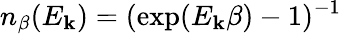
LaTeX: n_{\beta}(E_{\mathbf{k}})=(\exp(E_{\mathbf{k}}\beta)-1)^{-1}